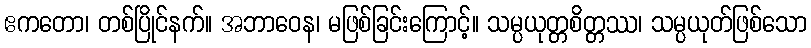
ဧကတော၊ တစ်ပြိုင်နက်။ အဘာဝေန၊ မဖြစ်ခြင်းကြောင့်။ သမ္ပယုတ္တစိတ္တဿ၊ သမ္ပယုတ်ဖြစ်သော